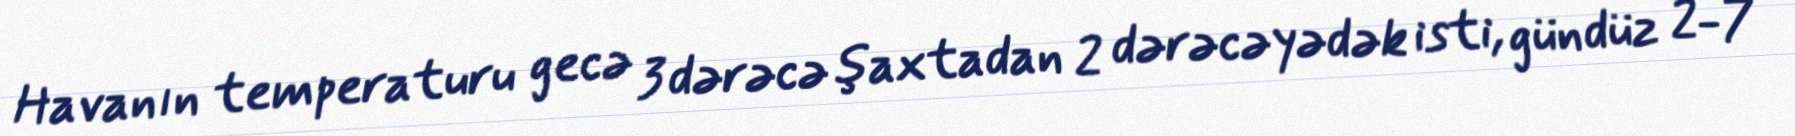
Havanın temperaturu gecə 3 dərəcə şaxtadan 2 dərəcəyədək isti, gündüz 2-7